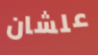
علشان